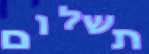
תשלום